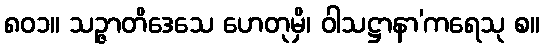
၈၀၁။ သဉ္ဇာတိဒေသေ ဟေတုမှိ၊ ဝါသဋ္ဌာနာ’ကရေသု စ။